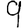
Digit: 9